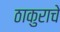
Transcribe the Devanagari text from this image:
ठाकुराचे